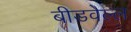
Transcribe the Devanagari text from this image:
बीडवेल्ल